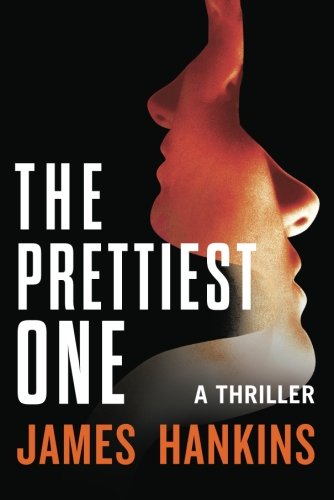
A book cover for The Prettiest One: A Thriller; James Hankins; Mystery, Thriller & Suspense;